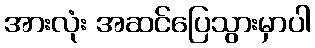
အားလုံး အဆင်ပြေသွားမှာပါ